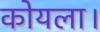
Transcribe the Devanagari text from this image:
कोयला।